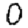
Digit: 0